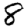
Digit: 8